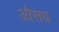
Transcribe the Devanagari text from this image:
औसध